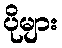
ပိုများ